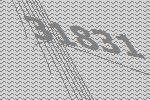
31831